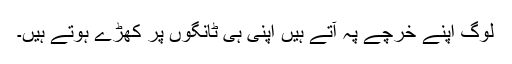
لوگ اپنے خرچے پہ آتے ہیں اپنی ہی ٹانگوں پر کھڑے ہوتے ہیں۔